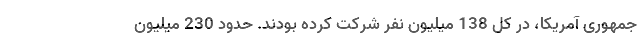
جمهوری آمریکا، در کل 138 میلیون نفر شرکت کرده بودند. حدود 230 میلیون